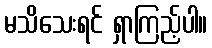
မသိသေးရင် ရှာကြည့်ပါ။